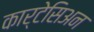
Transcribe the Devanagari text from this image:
कार्टेसिअन